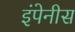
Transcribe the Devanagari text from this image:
इंपेनीस